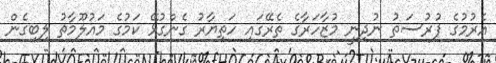
އެރުމުގެ ފުރުސަތު ނުދިނީ މުޒާހަރާގެ ތެރޭގައި ހަތިޔާރު ގެންގުޅޭ ކަމުގެ މައުލޫމާތު ލިބިގެން